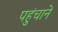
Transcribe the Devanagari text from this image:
पहुुंचाने